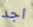
اجد